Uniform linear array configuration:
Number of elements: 32
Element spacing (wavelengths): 0.75
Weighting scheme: kaiser
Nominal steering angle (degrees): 45
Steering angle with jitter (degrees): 44.364
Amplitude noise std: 0.05
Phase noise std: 0.05

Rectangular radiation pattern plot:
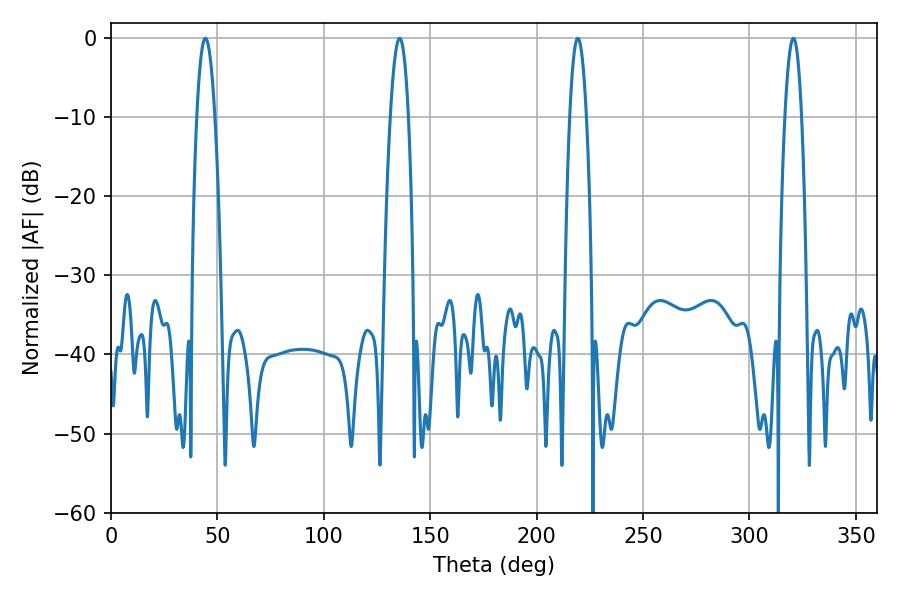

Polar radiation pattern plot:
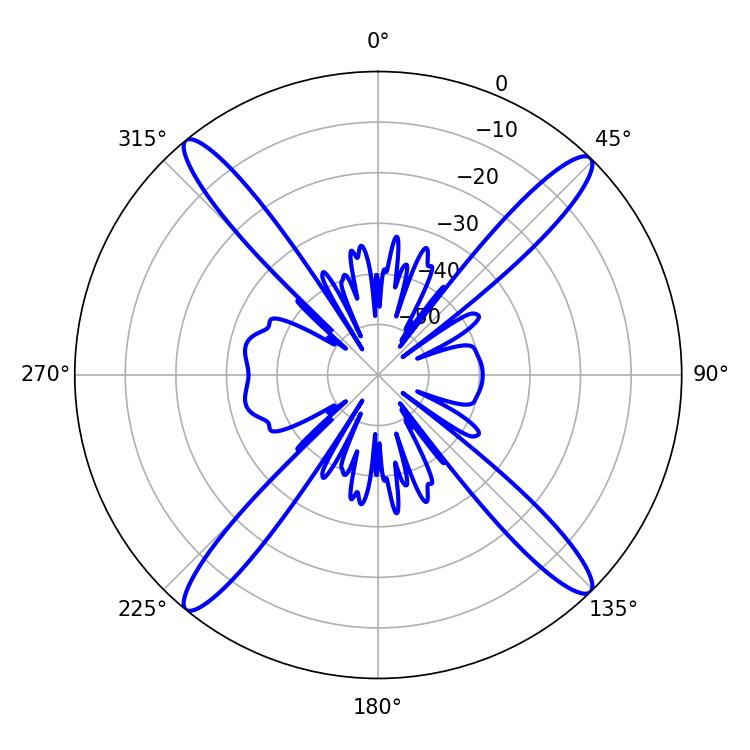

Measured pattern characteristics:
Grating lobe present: TRUE
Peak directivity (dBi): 20.006
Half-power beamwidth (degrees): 4.32
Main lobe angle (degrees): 320.58